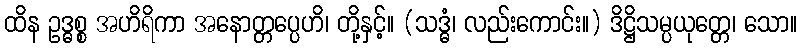
ထိန ဥဒ္ဓစ္စ အဟိရိကာ အနောတ္တပ္ပေဟိ၊ တို့နှင့်။ (သဒ္ဓံ၊ လည်းကောင်း။) ဒိဋ္ဌိသမ္ပယုတ္တေ၊ သော။